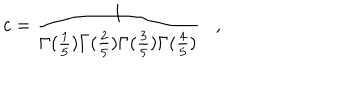
c = \frac { 1 } { \Gamma ( \frac { 1 } { 5 } ) \Gamma ( \frac { 2 } { 5 } ) \Gamma ( \frac { 3 } { 5 } ) \Gamma ( \frac { 4 } { 5 } ) } \, \, \, \, \, ,